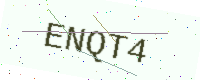
Text: ENQT4